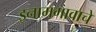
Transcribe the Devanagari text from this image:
इनामगावाचे